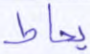
يحاط